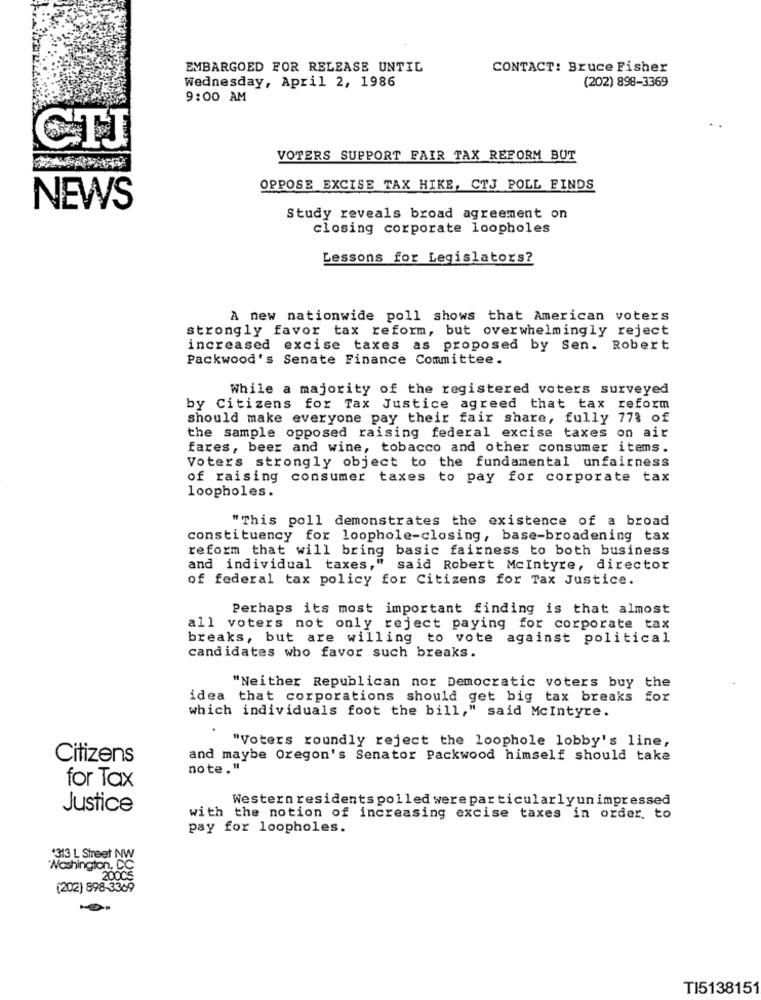
EMBARGOED FOR RELEASE UNTIL
CONTACT: Bruce Fisher
Wednesday, April 2, 1986
(202) 898-3369
9:00 AM
CTI
VOTERS SUPPORT FAIR TAX REFORM BUT
OPPOSE EXCISE TAX HIKE, CTJ POLL FINDS
NEWS
Study reveals broad agreement on
closing corporate loopholes
Lessons for Legislators?
A new nationwide poll shows that American voters
strongly favor tax reform, but overwhelmingly reject
increased excise taxes as proposed by Sen. Robert
Packwood's Senate Finance Committee.
While a majority of the registered voters surveyed
by Citizens for Tax Justice agreed that tax reform
should make everyone pay their fair share, fully 77% of
the sample opposed raising federal excise taxes on air
fares, beer and wine, tobacco and other consumer items.
Voters strongly object to the fundamental unfairness
of raising consumer taxes
to pay for corporate tax
loopholes.
"This poll demonstrates the existence of a broad
constituency for loophole-closing, base-broadening tax
reform that will bring basic fairness to both business
and individual taxes," said Robert Mcintyre, director
of federal tax policy for Citizens for Tax Justice.
Perhaps its most important finding is that almost
all voters not only reject paying for corporate tax
breaks, but are willing to vote against political
candidates who favor such breaks.
"Neither Republican nor Democratic voters buy the
idea that corporations should get big tax breaks for
which individuals foot the bill," said Mcintyre.
"Voters roundly reject the loophole lobby's line,
Citizens
and maybe Oregon's Senator Packwood himself should take
note."
for Tax
Western residents polled were particularlyunimpressed
Justice
with the notion of increasing excise taxes in order. to
pay for loopholes.
$313 L Street NW
"Washington, DC
200CS
(202) 898-3369
TI5138151